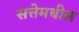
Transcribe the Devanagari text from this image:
सत्तेमधील